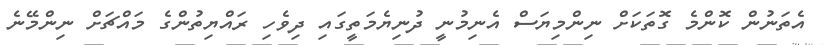
އެތަނުން ކޮންމެ ގޮތަކަށް ނިންމިޔަސް އެނިމުނީ ދުނިޔެމަތީގައި ދިވެހި ރައްޔިތުންގެ މައްޗަށް ނިންމޭނެ